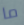
ما